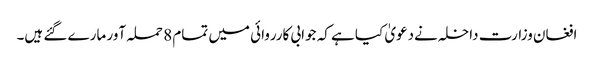
افغان وزارت داخلہ نےدعویٰ کیا ہے کہ جوابی کارروائی میں تمام 8 حملہ آور مارے گئے ہیں۔